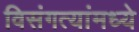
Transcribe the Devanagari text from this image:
विसंगत्यांमध्ये